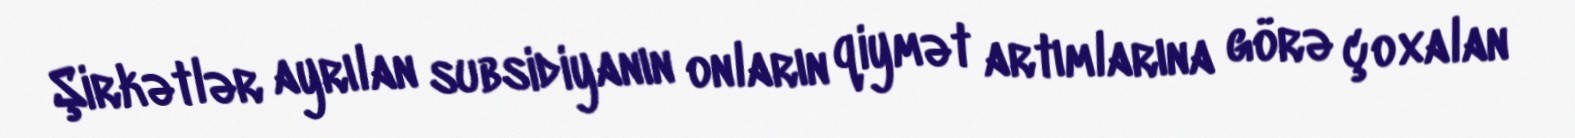
Şirkətlər ayrılan subsidiyanın onların qiymət artımlarına görə çoxalan